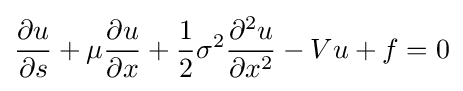
{\frac {\partial u}{\partial s}}+\mu {\frac {\partial u}{\partial x}}+{\frac {1}{2}}\sigma ^{2}{\frac {\partial ^{2}u}{\partial x^{2}}}-Vu+f=0